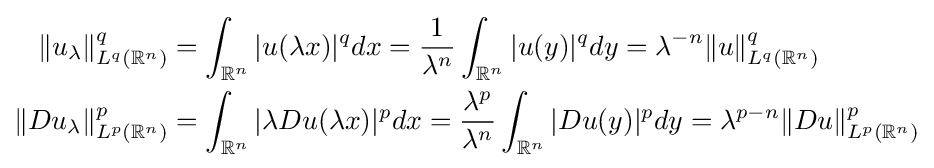
{\begin{aligned}\|u_{\lambda }\|_{L^{q}(\mathbb {R} ^{n})}^{q}&=\int _{\mathbb {R} ^{n}}|u(\lambda x)|^{q}dx={\frac {1}{\lambda ^{n}}}\int _{\mathbb {R} ^{n}}|u(y)|^{q}dy=\lambda ^{-n}\|u\|_{L^{q}(\mathbb {R} ^{n})}^{q}\\\|Du_{\lambda }\|_{L^{p}(\mathbb {R} ^{n})}^{p}&=\int _{\mathbb {R} ^{n}}|\lambda Du(\lambda x)|^{p}dx={\frac {\lambda ^{p}}{\lambda ^{n}}}\int _{\mathbb {R} ^{n}}|Du(y)|^{p}dy=\lambda ^{p-n}\|Du\|_{L^{p}(\mathbb {R} ^{n})}^{p}\end{aligned}}